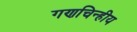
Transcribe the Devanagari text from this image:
गणचिन्हीय